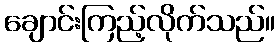
ချောင်းကြည့်လိုက်သည်။